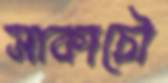
সাকাচৌ